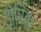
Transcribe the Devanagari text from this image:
योषिता